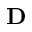
\mathbf { D }